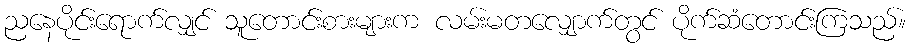
ညနေပိုင်းရောက်လျှင် သူတောင်းစားများက လမ်းမတလျှောက်တွင် ပိုက်ဆံတောင်းကြသည်။